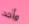
وأجد